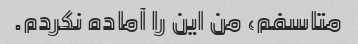
متاسفم، من این را آماده نکردم.